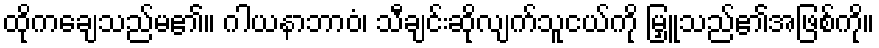
ထိုကချေသည်မ၏။ ဂါယနာဘာဝံ၊ သီချင်းဆိုလျက်သူငယ်ကို မြှူသည်၏အဖြစ်ကို။